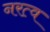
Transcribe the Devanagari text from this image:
नरत्व